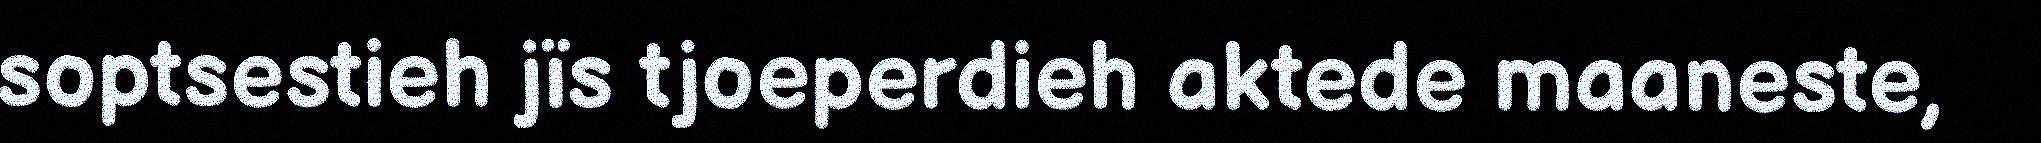
soptsestieh jïs tjoeperdieh aktede maaneste,